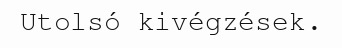
Utolsó kivégzések.